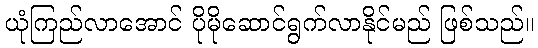
ယုံကြည်လာအောင် ပိုမိုဆောင်ရွက်လာနိုင်မည် ဖြစ်သည်။